Jaan_Tonisson_(Lasteleht), lk 45
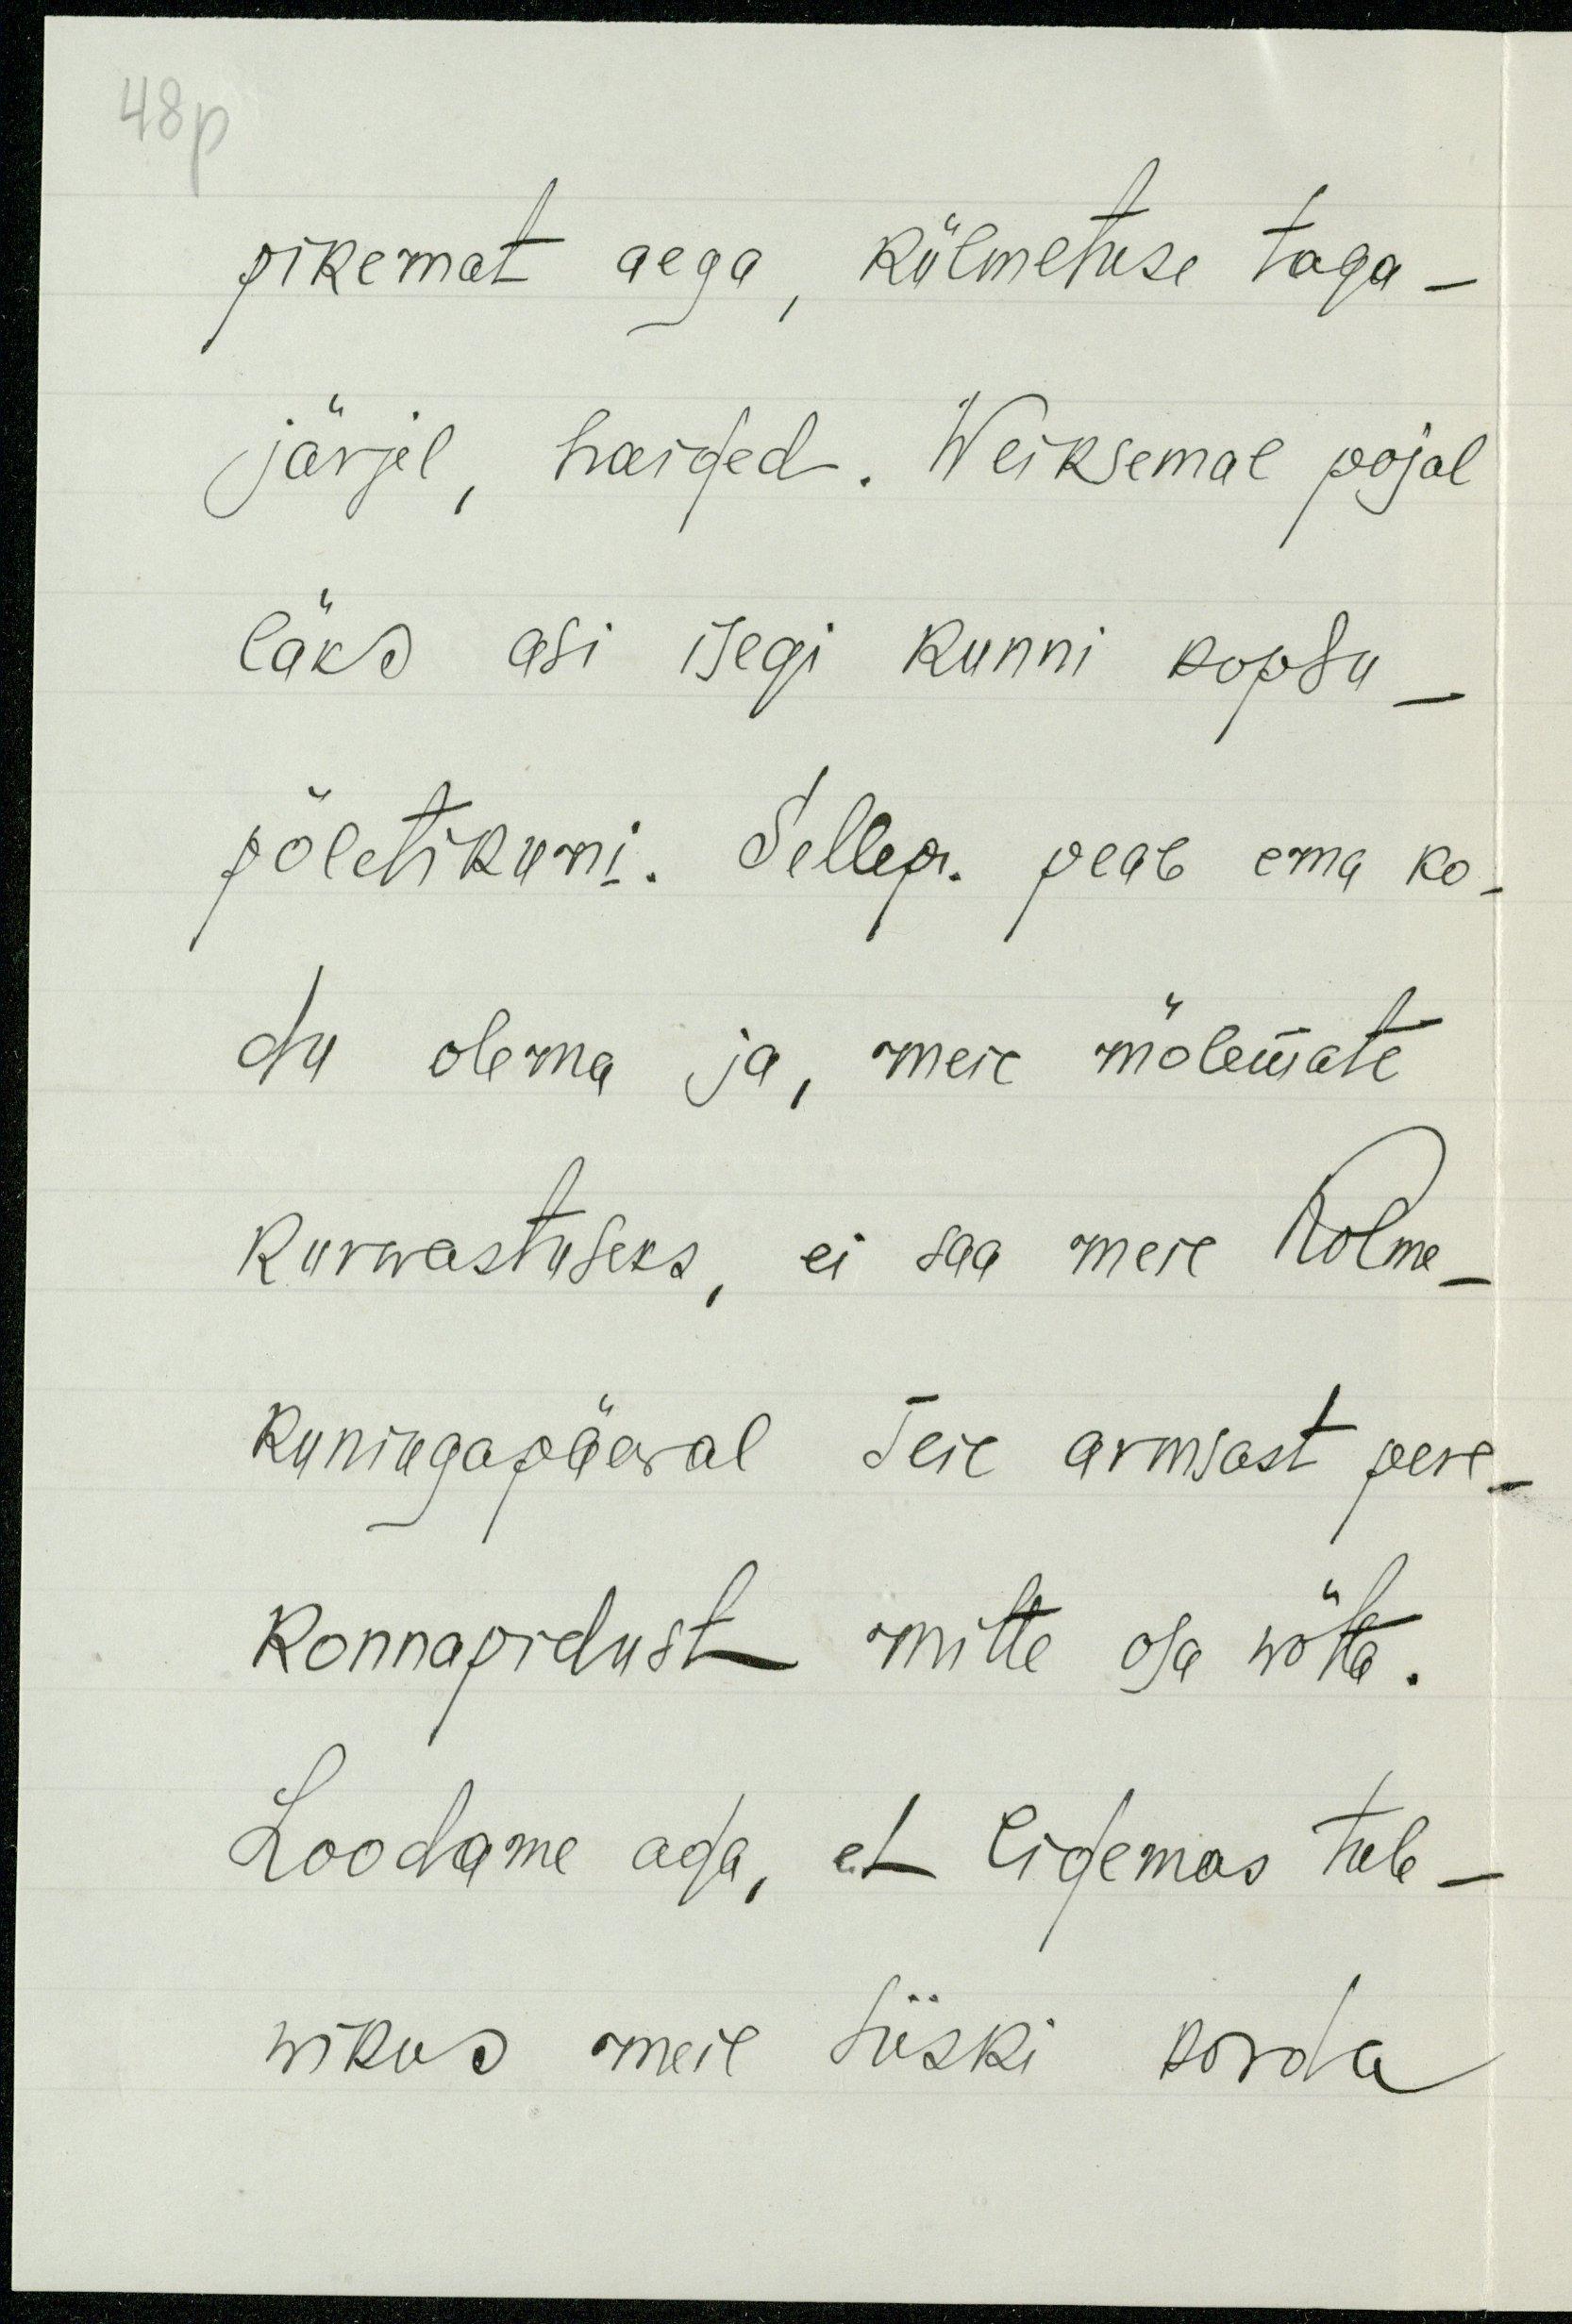
48p
pikemat aega, külmetuse taga-
järjel, haiged. Weiksemal pojal
läks asi isegi kunni kopsu-
põletikuni. Sellep. peab ema ko-
du olema ja, meie mõlemate
kurwastuseks, ei saa meie kolme-
kuningapäewal Teie armsast pere-
konnapidust mitte osa wõtta.
Loodame aga, et ligemas tule-
wikus meil siiski korda